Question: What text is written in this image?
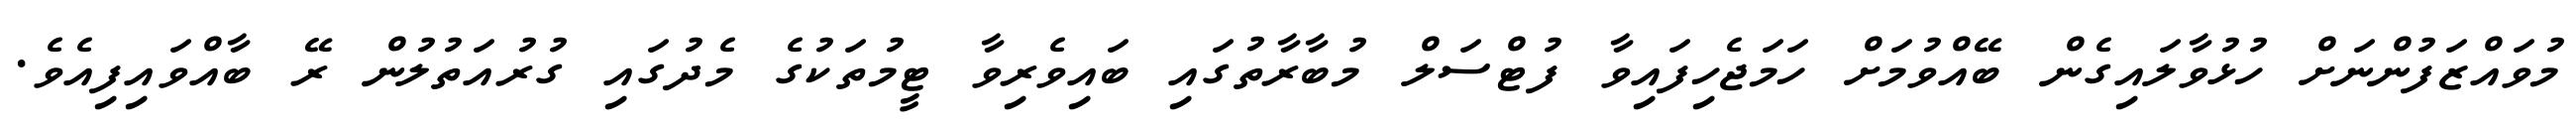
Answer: މުވައްޒަފުންނަށް ހުޅުވާލައިގެން ބޭއްވުމަށް ހަމަޖެހިފައިވާ ފުޓްސަލް މުބާރާތުގައި ބައިވެރިވާ ޓީމުތަކުގެ މެދުގައި ގުރުއަތުލުން ރޭ ބާއްވައިފިއެވެ.